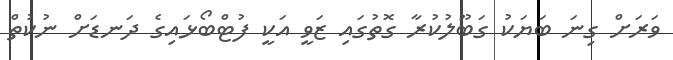
ވަރަށް ގިނަ ބަޔަކު ގަބޫލުކުރާ ގޮތުގައި ޒަވީ އަކީ ފުޓްބޯޅައިގެ ދަނޑަށް ނުކުތް